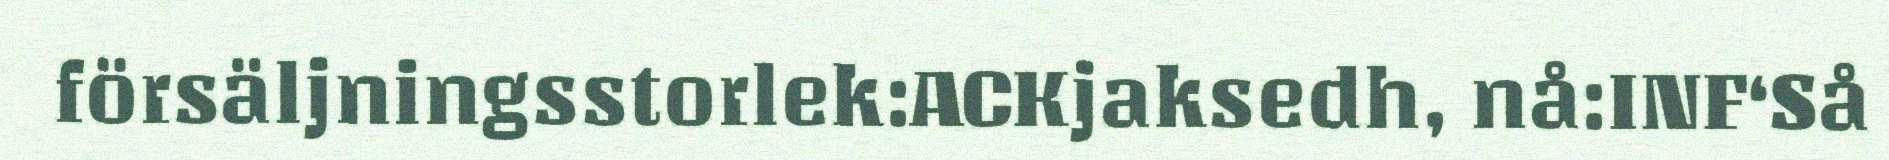
försäljningsstorlek:ACKjaksedh, nå:INF‘Så